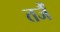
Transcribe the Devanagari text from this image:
तजैं